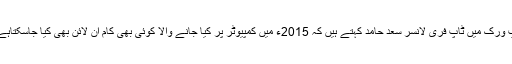
اپ ورک میں ٹاپ فری لانسر سعد حامد کہتے ہیں کہ 2015ء میں کمپیوٹر پر کیا جانے والا کوئی بھی کام آن لائن بھی کیا جاسکتاہے ۔